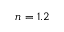
n = 1 . 2